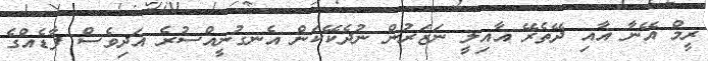
ރީމް އޭނާ އާއި ދޭތެރޭ އާއިލީ ނަޒަރުން ނުދެކޭކަން އެނގުނީއްސުރެ އަދިވެސް ފާޑެއްގެ